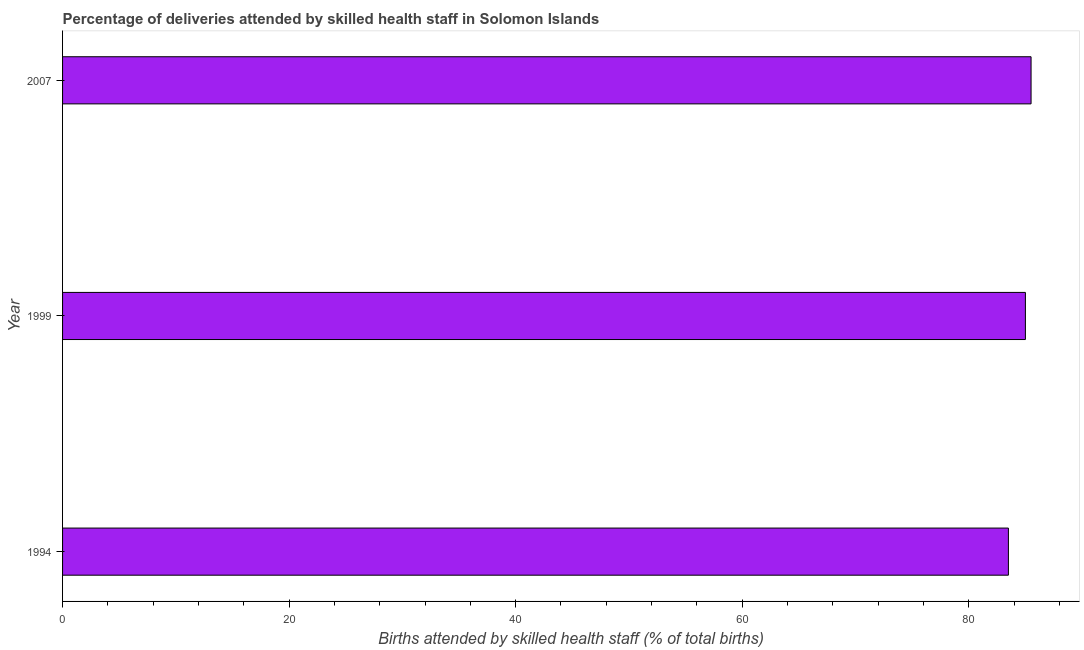
| Year | Births attended by skilled health staff |
 | --- | --- |
 | 1994 | 83.5 |
 | 1999 | 85 |
 | 2007 | 85.5 |